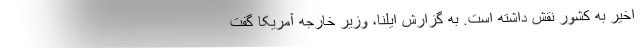
اخیر به کشور نقش داشته است. به گزارش ایلنا، وزیر خارجه آمریکا گفت